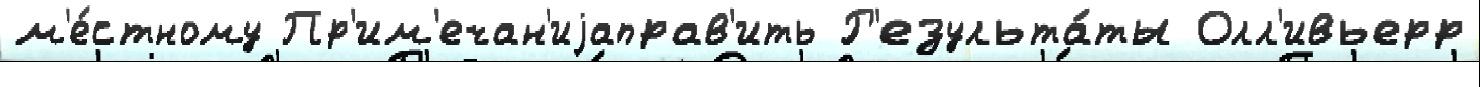
м'е́стному Пр'им'ечан'иjаправ'ить Р'езульта́ты Олл'ивьерр